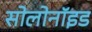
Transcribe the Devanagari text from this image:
सोलोनॉइड